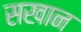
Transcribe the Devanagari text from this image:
सखान